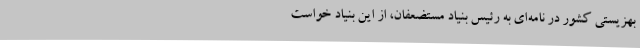
بهزیستی کشور در نامه‌ای به رئیس بنیاد مستضعفان، از این بنیاد خواست